Indian journal of veterinary science and animal husbandry - Volumes 28-29, 1958-1959
Year: 1958
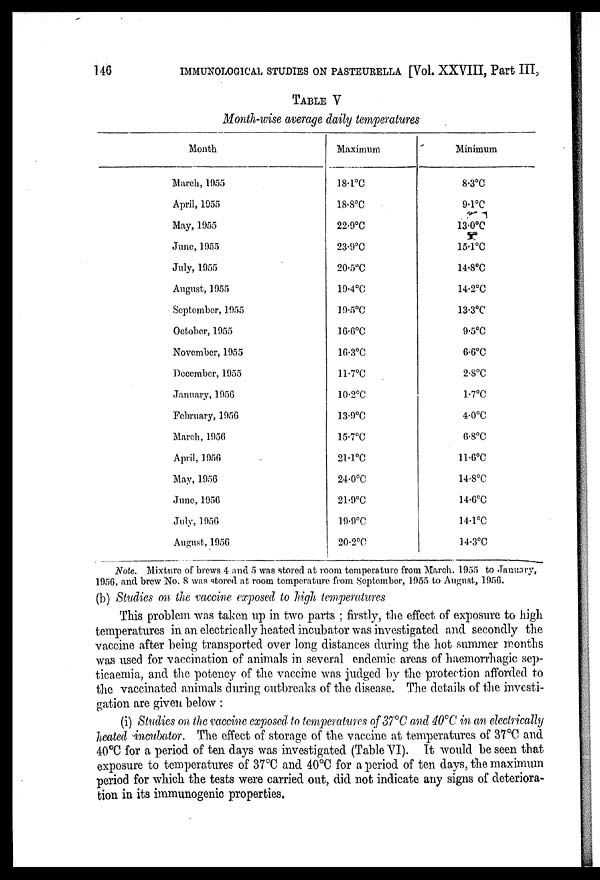
146
IMMUNOLOGICAL STUDIES ON PASTEURELLA [Vol. XXVIII, Part III,
TABLE
V
Month-wise average daily temperatures
Month
March, 1955
April, 1955
May, 1955
June, 1955
July, 1955
August, 1955
September, 1955
October, 1955
November, 1955
December, 1955
January, 1956
February, 1956
March, 1956
April, 1956
May, 1956
June, 1956
July, 1956
August, 1956
Maximum
18.1°C
18.8°C
22.9°C
23.9°C
20.5°C
19.4°C
19.5°C
16.6°C
16.3°C
11.7°C
10.2°C
13.9°C
15.7°C
21.1°C
24.0°C
21.9°C
19.9°C
20.2ºC
Minimum
8.3°C
9.1°C
13.0°C
15.1°C
14.8°C
14.2°C
13.3°C
9.5°C
6.6°C
2.8°C
1.7°C
4.0°C
6.8°C
11.6°C
14.8°C
14.6°C
14.1°C
14.3°C
Note. Mixture of brews 4 and 5 was stored at room temperature from March. 1955 to January,
1956, and brew No. 8 was stored at room temperature from September, 1955 to August, 1956.
(b) Studies on the vaccine exposed to high temperatures
This problem was taken up in two parts ; firstly, the effect of exposure to high
temperatures in an electrically heated incubator was investigated and secondly the
vaccine after being transported over long distances during the hot summer months
was used for vaccination of animals in several endemic areas of haemorrhagic sep-
ticaemia, and the potency of the vaccine was judged by the protection afforded to
the vaccinated animals during outbreaks of the disease. The details of the investi-
gation are given below :
(i) Studies on the vaccine exposed to temperatures of 37°C and 40°C in an electrically
heated incubator. The effect of storage of the vaccine at temperatures of 37°C and
40°C for a period of ten days was investigated (Table VI). It would be seen that
exposure to temperatures of 37°C and 40°C for a period of ten days, the maximum
period for which the tests were carried out, did not indicate any signs of deteriora-
tion in its immunogenic properties.